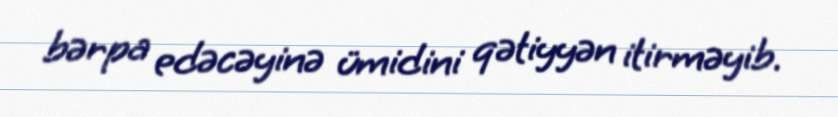
bərpa edəcəyinə ümidini qətiyyən itirməyib.